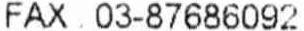
FAX : 03-87686092